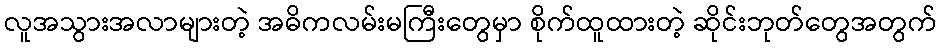
လူအသွားအလာများတဲ့ အဓိကလမ်းမကြီးတွေမှာ စိုက်ထူထားတဲ့ ဆိုင်းဘုတ်တွေအတွက်